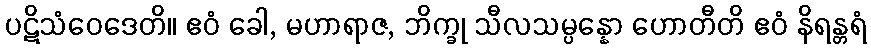
ပဋိသံဝေဒေတိ။ ဧဝံ ခေါ, မဟာရာဇ, ဘိက္ခု သီလသမ္ပန္နော ဟောတီတိ ဧဝံ နိရန္တရံ